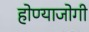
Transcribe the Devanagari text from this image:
होण्याजोगी